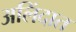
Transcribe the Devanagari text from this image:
अलिंदात